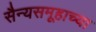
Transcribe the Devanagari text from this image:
सैन्यसमूहाच्या